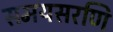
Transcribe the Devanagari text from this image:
समयसरणि